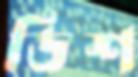
ডিশ